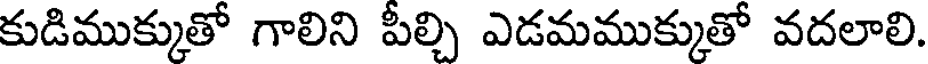
కుడిముక్కుతో గాలిని పీల్చి ఎడమముక్కుతో వదలాలి.